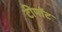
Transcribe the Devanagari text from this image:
टीपॉट